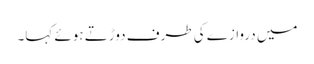
میں دروازے کی طرف دوڑتے ہوئے کہا۔